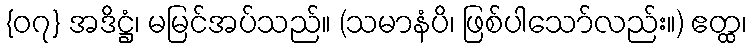
{၀၇} အဒိဋ္ဌံ၊ မမြင်အပ်သည်။ (သမာနံပိ၊ ဖြစ်ပါသော်လည်း။) ဧတ္ထ၊